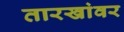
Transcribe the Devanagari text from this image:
तारखांवर